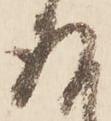
存